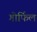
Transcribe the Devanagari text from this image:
गोर्फिल